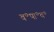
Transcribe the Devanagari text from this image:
व॰पा॰व॰